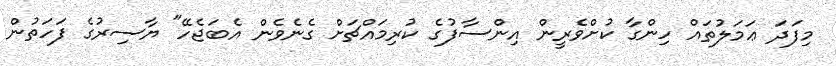
މިފަދަ ޢަމަލުތައް ހިންގާ ކުށްވެރީން އިންސާފުގެ ކުރިމައްޗަށް ގެނެވެން އެބަޖެހޭ" ޔާސިރުގެ ފަހަތުން